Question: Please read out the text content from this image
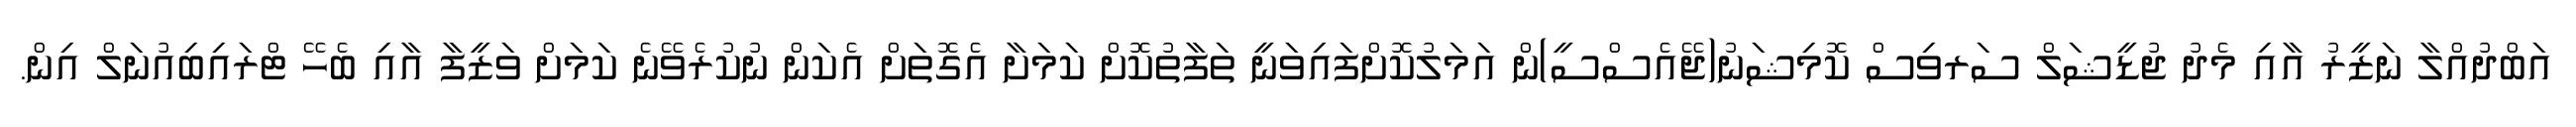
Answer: އަބްދުއްލާ ނަޒީރު އާއި މެދު ޖުޑީޝަލް ސަރވިސް ކޮމިޝަނު(ޖޭއެސްސީ)ން އަމަލުކޮށްފައިވަނީ ތަފާތުކޮށް ކަމަށާ އެގޮތަށް އެކަން ނުކުރެވޭނެ ކަމަށް ވަޒީފާ އާއި ބެހޭ ޓްރައިބިއުނަލް އިން.